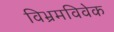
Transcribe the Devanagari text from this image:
विभ्रमविवेक